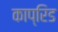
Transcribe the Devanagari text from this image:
काप्रिड